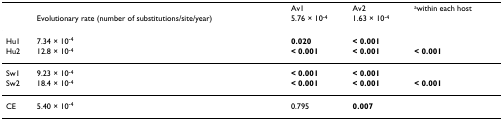
|  |  | Av1 | Av2 | awithin each host |
 |  | Evolutionary rate (number of substitutions/site/year) | 5.76 × 10-4 | 1.63 × 10-4 |  |
 | --- | --- | --- | --- | --- |
 | Hu1 | 7.34 × 10-4 | 0.020 | < 0.001 |  |
 | Hu2 | 12.8 × 10-4 | < 0.001 | < 0.001 | < 0.001 |
 | Sw1 | 9.23 × 10-4 | < 0.001 | < 0.001 |  |
 | Sw2 | 18.4 × 10-4 | < 0.001 | < 0.001 | < 0.001 |
 | CE | 5.40 × 10-4 | 0.795 | 0.007 |  |